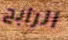
الرابح